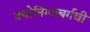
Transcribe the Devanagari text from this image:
क्योनिग्जबर्गची